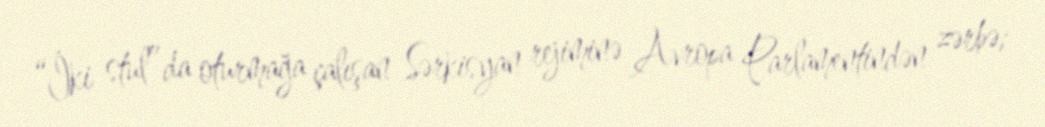
“İki stul”da oturmağa çalışan Sərkisyan rejiminə Avropa Parlamentindən zərbə;